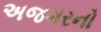
અજગરનો